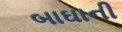
બાઘાની